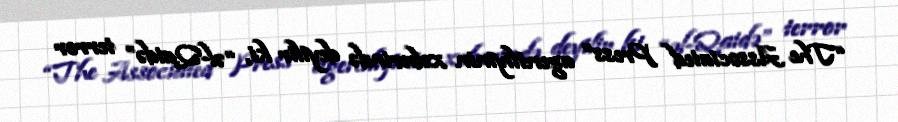
“The Associated Press” agentliyinin xəbərində deyilir ki, “əl-Qaidə” terror